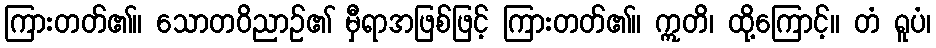
ကြားတတ်၏။ သောတဝိညာဉ်၏ မှီရာအဖြစ်ဖြင့် ကြားတတ်၏။ ဣတိ၊ ထို့ကြောင့်။ တံ ရူပံ၊